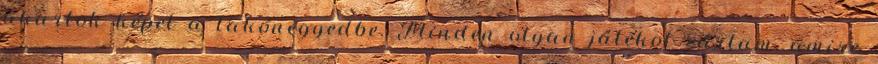
akartok képet a lakónegyedbe. Minden olyan játékot zártam, amire